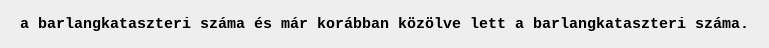
a barlangkataszteri száma és már korábban közölve lett a barlangkataszteri száma.